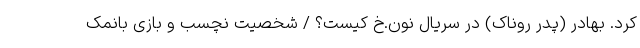
کرد. بهادر (پدر روناک) در سریال نون.خ کیست؟ / شخصیت نچسب و بازی بانمک